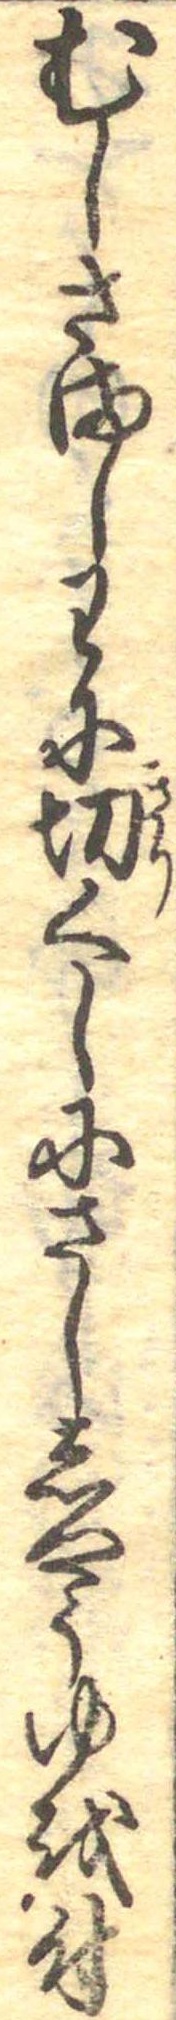
むしさましわに切くしにさししやうゆを付